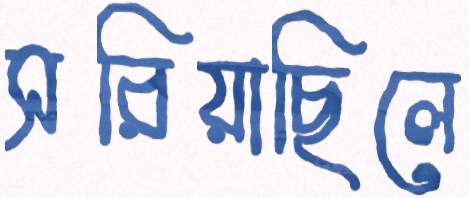
সরিয়াছিলে